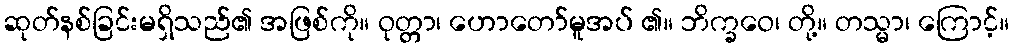
ဆုတ်နစ်ခြင်းမရှိသည်၏ အဖြစ်ကို။ ဝုတ္တာ၊ ဟောတော်မူအပ် ၏။ ဘိက္ခဝေ၊ တို့။ တသ္မာ၊ ကြောင့်။